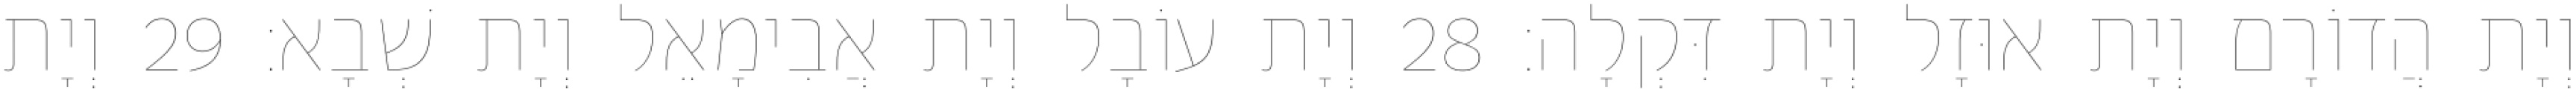
וְיָת הֲדוֹרָם וְיָת אוּזָל וְיָת דִּקְלָה׃ 28 וְיָת עוֹבָל וְיָת אֲבִימָאֵל וְיָת שְׁבָא׃ 29 וְיָת